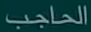
الحاجب